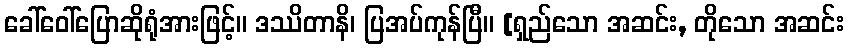
ခေါ်ဝေါ်ပြောဆိုရုံအားဖြင့်။ ဒဿိတာနိ၊ ပြအပ်ကုန်ပြီ။ [ရှည်သော အဆင်း, တိုသော အဆင်း